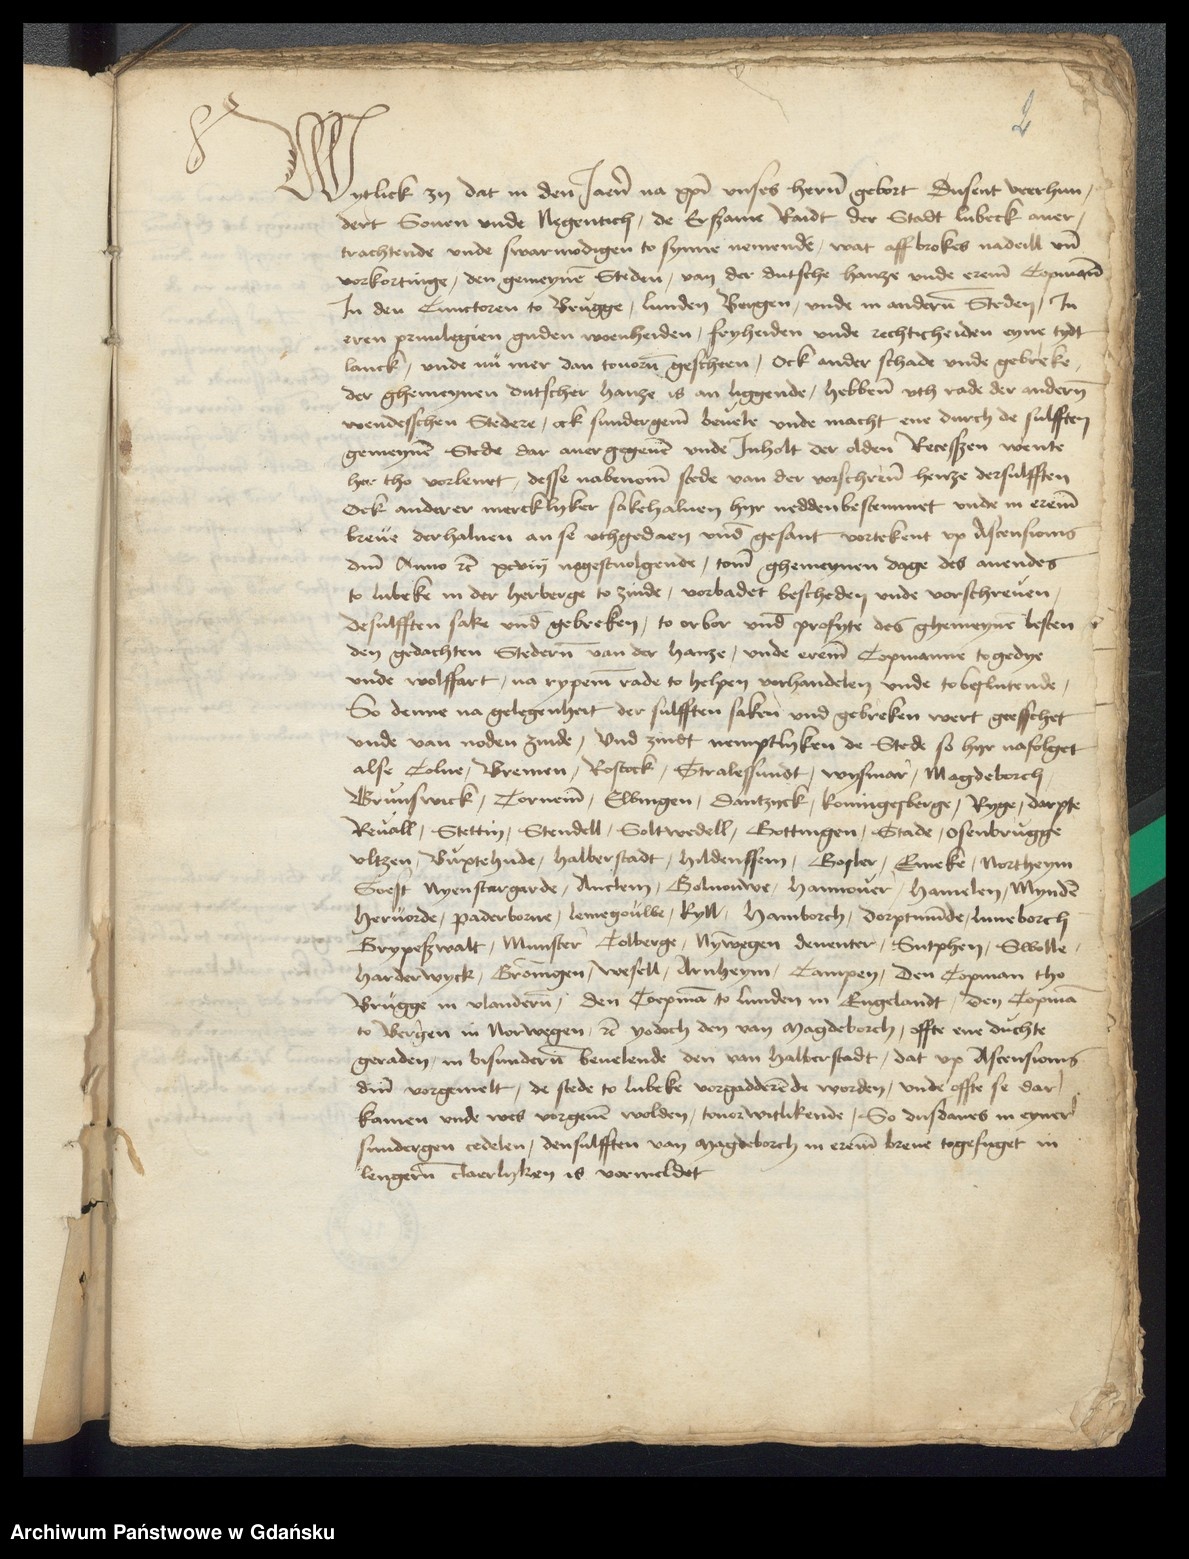
Wytlick zy dat in den Jaren na Christi vnses heren gebort dusent verhun¬
dert Souen vnde Negentich, de Ersame Radt der Stadt Lubeck auer¬
trachtende vnde swarmodigen to synne nemende, wat affbrokes nadell vnd
vorkortinge, den gemeynen Steden, van der dutsche hanze vnde ereme Copmann
Jn den Cunctoren to Brugge, Lunden Bergen, vnde in anderen Steden Jn
eren priuilegien guden woenheiden, fryheiden vnde rechticheiden eyne tydt
lanck, vnde nu mer dan touoren gescheen, ock ander schade vnde gebreke,
der ghemeynen dutscher hanze is an liggende, hebbene vth rade der anderen
wendesschen Stedere, ock sundergene beuele vnde macht ene durch de sulfften
gemeynen Stede dar auergegeuen vnde Jnholt der olden Recessen wente
her tho vorleuet, desse nabenomende stede van der vorschreuenen henze dersulfften
ock anderer mercklyker sakehaluen hyr neddenbestemmet vnde in ereme
breue derhaluen an se vthgedaen vnde gesant vortekent vp Ascensionis
domini Anno etcetera xcviij negestuolgende, tome ghemeynen dage des auendes
to Lubeke in der herberge to zinde, vorbadet bescheden vnde vorschreuen,
Desulfften sake vnd gebreken, to orbor vnde profyte des ghemeynen besten
den gedachten Stederen van der hanse, vnde ereme Copmanne togedye
vnde wolffart, na rypeme rade to helpen vorhandelen vnde to beschutende,
So denne na gelegenheit der sulfften saken vnd gebreken wert geesschet
vnde van noden zinde, vnd zindt nemptlyken de Stede so hyr nafolget
alse Colne, Bremen, Rostock, Stralessundt, Wysmar, Magdeborch
Brunswick, Torneme, Elbingen, Dantzyck, Koningesberge, Ryge, Darpte
Reuall, Stettin, Stendell, Soltwedell, Gottingen, Stade, Osenbrugge
Vltzen, Buxtehude, Halberstadt, Hildenssem, Gosler, Emeke, Northeym
Soest Nyenstargarde, Anclem, Golnouwe, Hannouer, Hamelen, Mynden
Heruorde, Paderborne, Lemegouwe, Kyll, Hamborch, Dorptmunde, Luneborch
Grypeswalt, Munster Colberge, Nymwegen Deuenter, Sutphen, Swolle
Harderwyck, Groningen, Wesell, Arnheym, Campen, Den Copman tho
Brugge in Vlanderen, den Coepman to Lunden in Engelandt, den Copman
to Bergen in Norwegen, etcetera yodoch den van Magdeborch, offte ene duchte
geraden, in besunderen beuelende den van Halberstadt, dat vp Ascensionis
domini vorgemelt, de stede to Lubeke vorgadderen de worden, vnde offte se dar
kamen vnde wes vorgeuen wolden, touorwitlikende, So dusdanes in eyner
sundergen cedelen, densulfften van Magdeborch in ereme breue togefuget in
lengeren claerlyken is vormeldet.